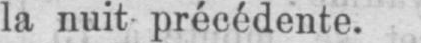
la nuit précédente.